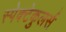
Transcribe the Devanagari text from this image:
स्पेक्टेकुलर्स